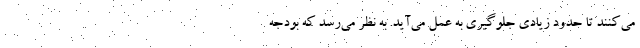
می‌کنند تا حدود زیادی جلوگیری به عمل می‌آید. به نظر می‌رسد که بودجه